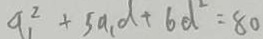
a _ { 1 } ^ { 2 } + 5 a _ { 1 } d + 6 d ^ { 2 } = 8 0